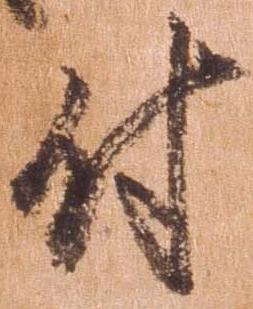
付